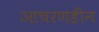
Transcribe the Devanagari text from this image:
आचरणहीन